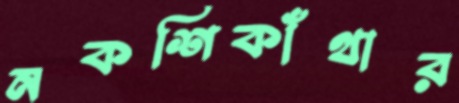
নকশিকাঁথার